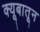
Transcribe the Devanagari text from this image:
क्यूबातून